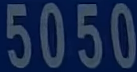
5050